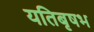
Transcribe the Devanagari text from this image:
यतिबृषभ